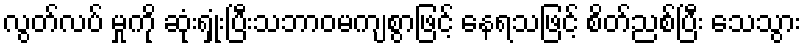
လွတ်လပ် မှုကို ဆုံးရှုံးပြီးသဘာဝမကျစွာဖြင့် နေရသဖြင့် စိတ်ညစ်ပြီး သေသွား